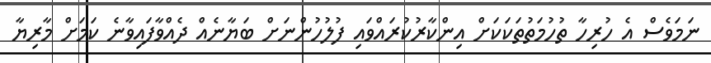
ނަމަވެސް އެ ހުރިހާ ތުހުމަތުތަކަކަށް އިންކާރުކުރައްވައި ފުލުހުންނަށް ބަޔާނެއް ދެއްވާފައިވާނެ ކަމަށް މާރިޔާ